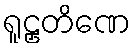
ရူဠှတိဏေ